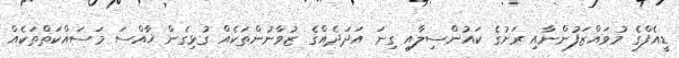
ޑީއެފްގެ މުވައްޒަފުންނާއި ރަށުގެ ކައުންސިލާއި ގިނަ އަދަދެއްގެ ޒުވާނުންތަކެއް ގުޅިގެން ޚާއްސަ މަސައްކަތްތަކެއް